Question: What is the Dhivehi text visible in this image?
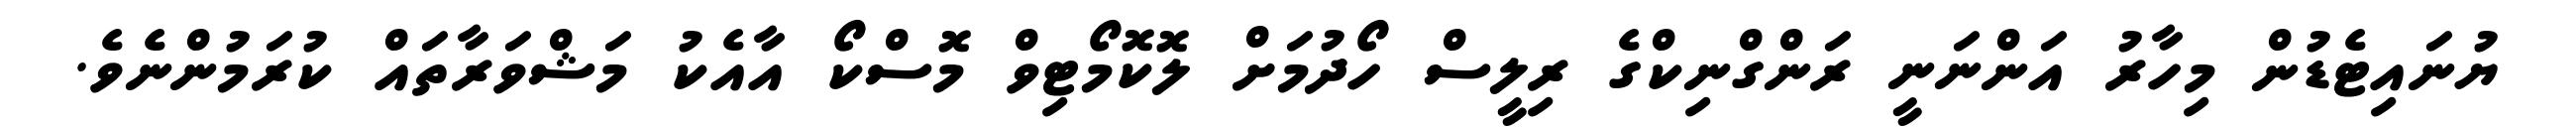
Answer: ޔުނައިޓެޑުން މިހާރު އަންނަނީ ރަންގްނިކްގެ ރިލީސް ހޯދުމަށް ލޮކޮމޯޓިވް މޮސްކޯ އާއެކު މަޝްވަރާތައް ކުރަމުންނެވެ.